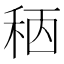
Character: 䄼